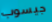
جيسوب